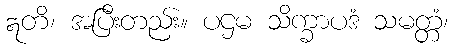
ဣတိ၊ အပြီးတည်း။ ပဌမ သိက္ခာပဒံ သမတ္တံ၊